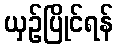
ယှဉ်ပြိုင်ရန်